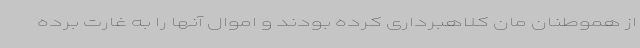
از هموطنان مان کلاهبرداری کرده بودند و اموال آنها را به غارت برده